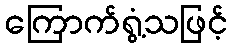
ကြောက်ရွံ့သဖြင့်